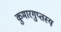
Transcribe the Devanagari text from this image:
कुमारगुप्तस्य